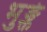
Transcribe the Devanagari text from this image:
भुङ्क्ते